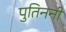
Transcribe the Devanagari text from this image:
पुतिननी